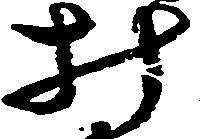
み